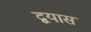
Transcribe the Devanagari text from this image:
द्वयास